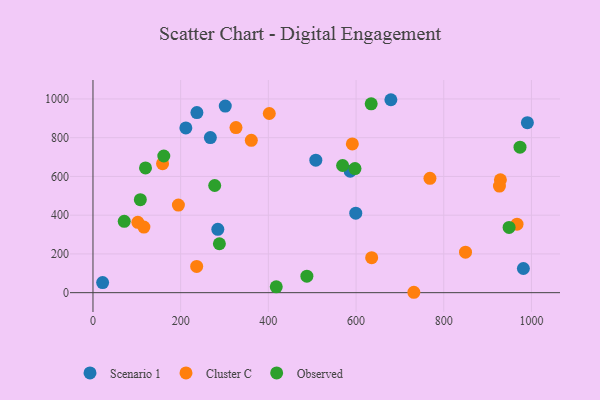
{"axis": {"x": "Speed", "y": "Yield"}, "legend": ["Cluster C", "Observed", "Scenario 1"], "data": [{"x": "211.8", "y": 850.3, "type": "Scenario 1"}, {"x": "22.0", "y": 52.1, "type": "Scenario 1"}, {"x": "981.6", "y": 124.7, "type": "Scenario 1"}, {"x": "599.3", "y": 410.5, "type": "Scenario 1"}, {"x": "990.7", "y": 877.5, "type": "Scenario 1"}, {"x": "586.6", "y": 626.7, "type": "Scenario 1"}, {"x": "237.0", "y": 929.6, "type": "Scenario 1"}, {"x": "267.7", "y": 800.8, "type": "Scenario 1"}, {"x": "508.2", "y": 684.0, "type": "Scenario 1"}, {"x": "284.7", "y": 326.9, "type": "Scenario 1"}, {"x": "679.4", "y": 996.0, "type": "Scenario 1"}, {"x": "301.7", "y": 963.3, "type": "Scenario 1"}, {"x": "731.8", "y": 2.0, "type": "Cluster C"}, {"x": "102.3", "y": 363.2, "type": "Cluster C"}, {"x": "402.1", "y": 925.0, "type": "Cluster C"}, {"x": "591.5", "y": 767.8, "type": "Cluster C"}, {"x": "768.5", "y": 590.5, "type": "Cluster C"}, {"x": "361.1", "y": 786.5, "type": "Cluster C"}, {"x": "967.1", "y": 353.3, "type": "Cluster C"}, {"x": "849.6", "y": 208.9, "type": "Cluster C"}, {"x": "929.2", "y": 582.9, "type": "Cluster C"}, {"x": "158.7", "y": 666.0, "type": "Cluster C"}, {"x": "236.5", "y": 135.6, "type": "Cluster C"}, {"x": "116.1", "y": 338.8, "type": "Cluster C"}, {"x": "326.1", "y": 852.4, "type": "Cluster C"}, {"x": "927.0", "y": 550.2, "type": "Cluster C"}, {"x": "194.8", "y": 452.0, "type": "Cluster C"}, {"x": "635.6", "y": 180.6, "type": "Cluster C"}, {"x": "418.0", "y": 29.9, "type": "Observed"}, {"x": "71.3", "y": 368.3, "type": "Observed"}, {"x": "973.9", "y": 750.9, "type": "Observed"}, {"x": "288.3", "y": 252.4, "type": "Observed"}, {"x": "108.0", "y": 480.2, "type": "Observed"}, {"x": "277.6", "y": 553.3, "type": "Observed"}, {"x": "119.8", "y": 643.8, "type": "Observed"}, {"x": "949.0", "y": 336.8, "type": "Observed"}, {"x": "161.5", "y": 705.4, "type": "Observed"}, {"x": "487.8", "y": 85.2, "type": "Observed"}, {"x": "569.3", "y": 656.5, "type": "Observed"}, {"x": "634.5", "y": 974.6, "type": "Observed"}, {"x": "597.5", "y": 640.8, "type": "Observed"}]}